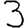
Digit: 3